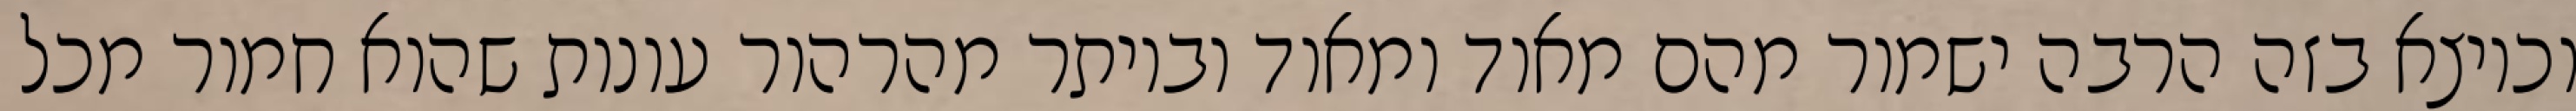
וכיוצא בזה הרבה ישמור מהם מאוד ומאוד וביותר מהרהור עונות שהוא חמור מכל